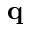
\mathbf { q }